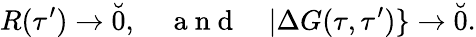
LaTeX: R(\tau^{\prime})\to\breve{0},\quad\mathrm{~a~n~d~}\quad|\Delta G(\tau,\tau^{\prime})\} \to\breve{0}.